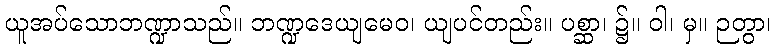
ယူအပ်သောဘဏ္ဍာသည်။ ဘဏ္ဍဒေယျမေဝ၊ ယျပင်တည်း။ ပစ္ဆာ၊ ၌။ ဝါ၊ မှ။ ဉတွာ၊